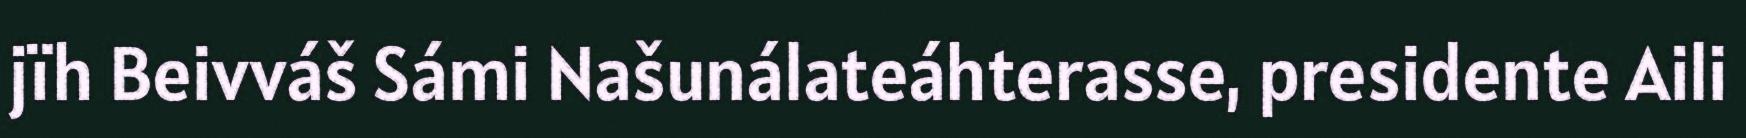
jïh Beivváš Sámi Našunálateáhterasse, presidente Aili